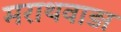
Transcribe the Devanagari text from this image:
मराथवाड़ा